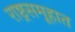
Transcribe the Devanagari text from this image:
राष्ट्रसमूहात